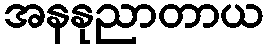
အနနုညာတာယ